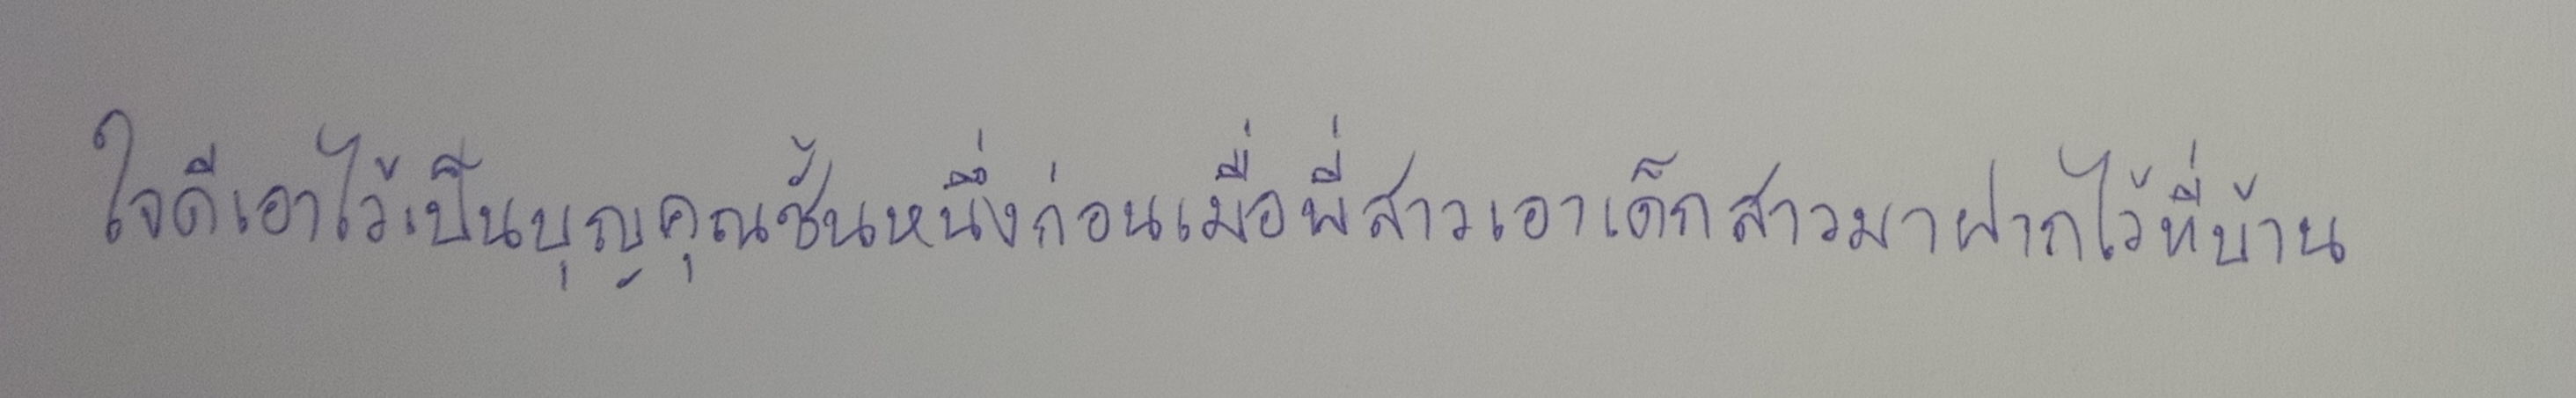
ใจดีเอาไว้เป็นบุญคุณชั้นหนึ่งก่อนเมื่อพี่สาวเอาเด็กสาวมาฝากไว้ที่บ้าน